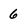
Character: 6